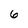
Character: 6